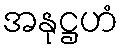
အနုဋ္ဌဟံ